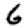
Digit: 6